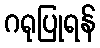
ဂရုပြုရန်